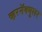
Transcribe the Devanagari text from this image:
व्हरनॅक्युलर